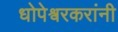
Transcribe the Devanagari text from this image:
धोपेश्वरकरांनी